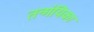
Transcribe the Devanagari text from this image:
तन्गंयिका